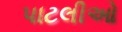
પાટલીઓ